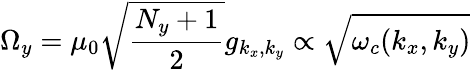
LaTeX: {\Omega}_{y}=\mu_{0}\sqrt{\frac{N_{y}+1}{2}}g_{k_{x},k_{y}}\propto\sqrt{\omega_{c}(k_{x},k_{y})}